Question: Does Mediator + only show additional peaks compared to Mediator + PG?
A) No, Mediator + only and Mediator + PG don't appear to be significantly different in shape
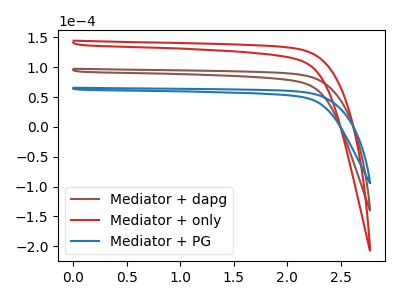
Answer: <think>The brown curve "Mediator + dapg" has no peaks. The red curve "Mediator + only" has no peaks. The blue curve "Mediator + PG" has no peaks.
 Neither "Mediator + only" or "Mediator + PG" have any peaks.</think>
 <answer>A) No, "Mediator + only" and "Mediator + PG" don't appear to be significantly different in shape</answer>
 <eval>A</eval>